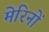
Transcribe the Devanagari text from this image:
मेरिनों